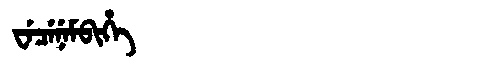
Manchu: ᠸᡝᠴᡝᠨᡝᠮᠪᡳᡥᡝ
Romanization: WECENEMBIHE